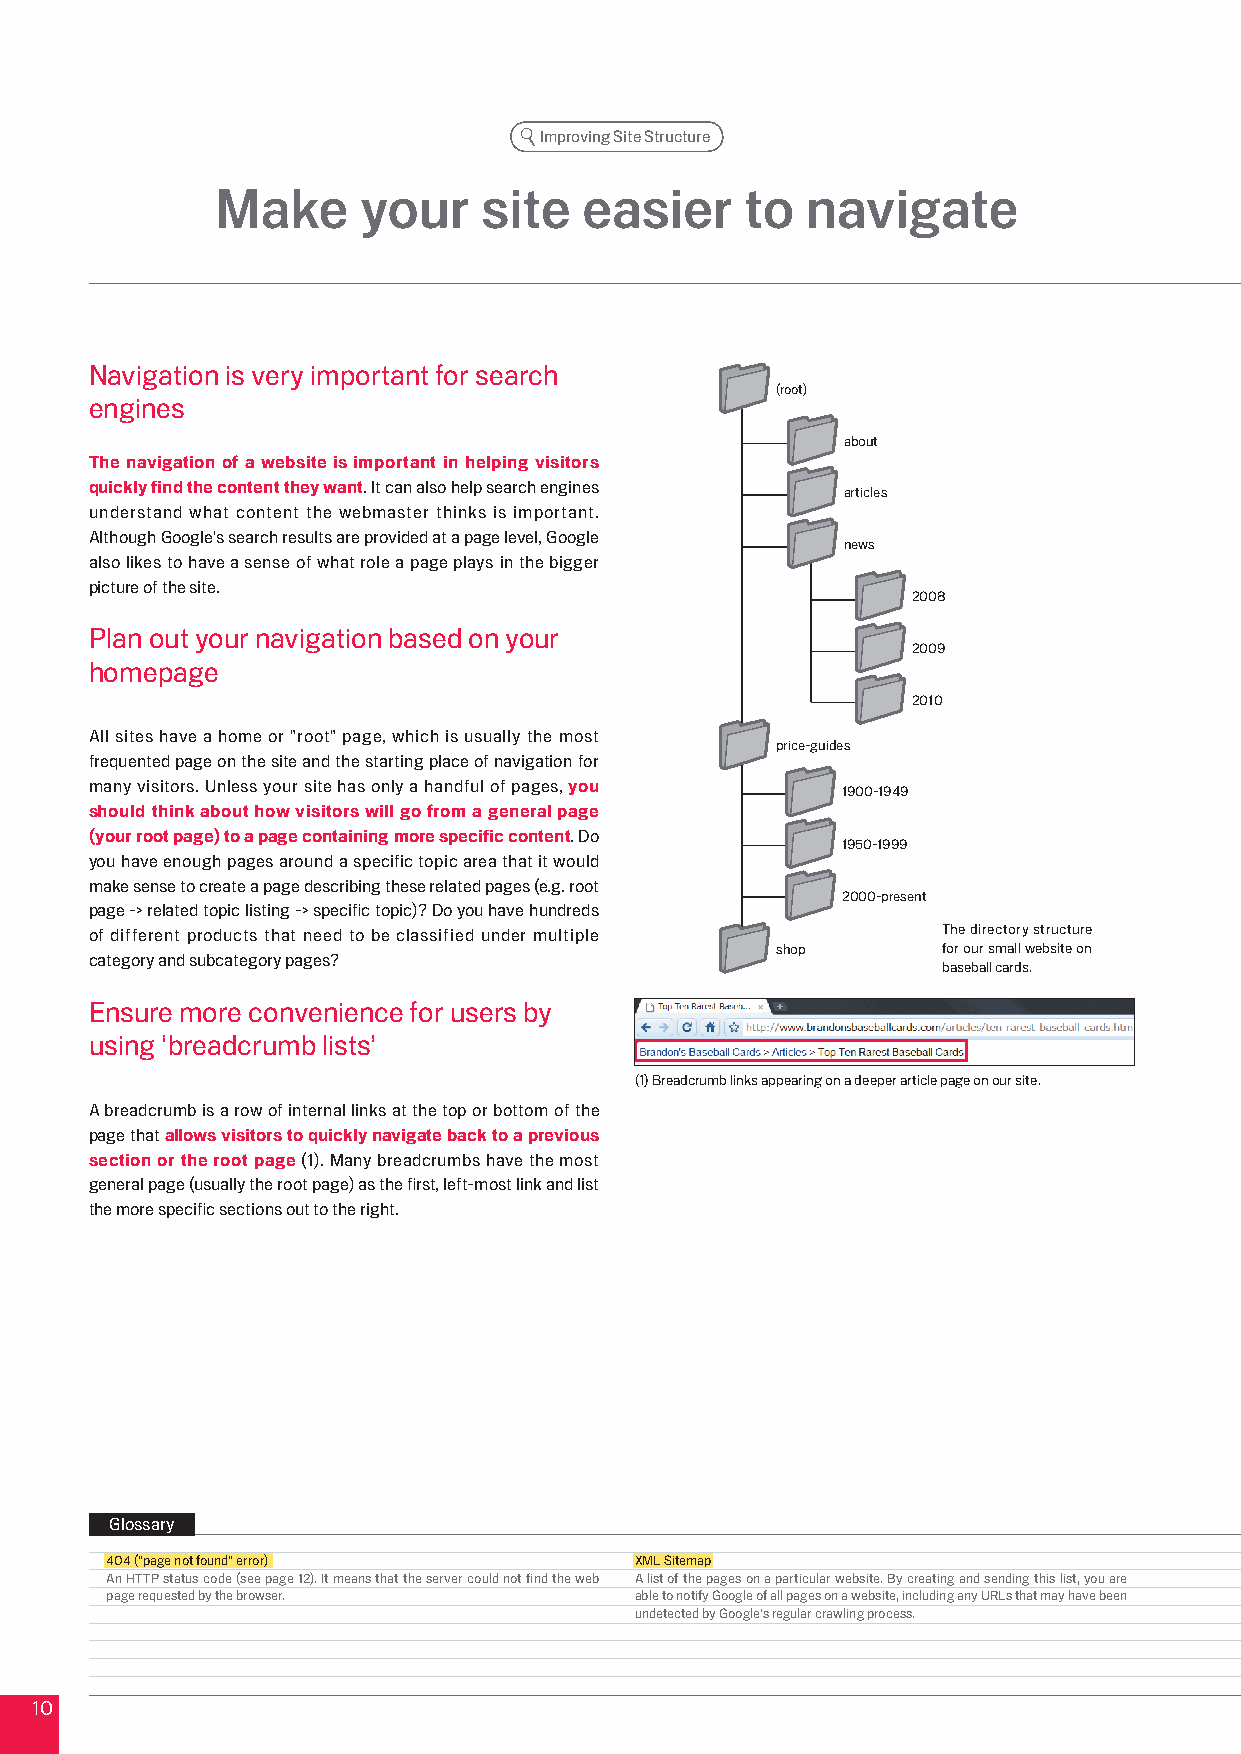
Improving Site Structure
 Make      your    site   easier    to  navigate
 Navigation is very important for search
 (root)
 engines
 about
 The navigation of a website is important in helping visitors
 quickly find the content they want. It can also help search engines articles
 understand what content the webmaster thinks is important.
 Although Google's search results are provided at a page level, Google
 news
 also likes to have a sense of what role a page plays in the bigger
 picture of the site.
 008
 Plan out your navigation based on your
 009
 homepage
 010
 All sites have a home or "root" page, which is usually the most
 price-guides
 frequented page on the site and the starting place of navigation for
 many visitors. Unless your site has only a handful of pages, you 1900-1949
 should think about how visitors will go from a general page
 (your root page) to a page containing more specific content. Do
 1950-1999
 you have enough pages around a specific topic area that it would
 make sense to create a page describing these related pages (e.g. root
 000-present
 page -> related topic listing -> specific topic)? Do you have hundreds
 of different products that need to be classified under multiple The directory structure
 shop       for our small website on
 category and subcategory pages?
 baseball cards.
 Ensure more convenience for users by
 using ‘breadcrumb lists’
 (1) Breadcrumb links appearing on a deeper article page on our site.
 A breadcrumb is a row of internal links at the top or bottom of the
 page that allows visitors to quickly navigate back to a previous
 section or the root page (1). Many breadcrumbs have the most
 general page (usually the root page) as the first, left-most link and list
 the more specific sections out to the right.
 Glossary
 404 ("page not found" error)       XML Sitemap
 An HTTP status code (see page 1). It means that the server could not find the web A list of the pages on a particular website. By creating and sending this list, you are
 page requested by the browser.     able to notify Google of all pages on a website, including any URLs that may have been
 undetected by Google's regular crawling process.
 10